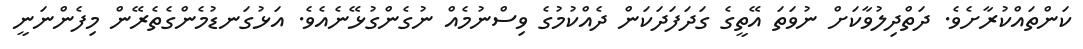
ކަަންތައްކުރާށެވެ. ދަތްދިލުވާކަށް ނުވަތަ އޭތީގެ ގަދަފަދަކަން ދެއްކުމުގެ ވިސްނުމެއް ނުގެންގުޅޭނެއެވެ. އަޅުގަނޑުމެންގެތެރޭން މިފެންނަނީ